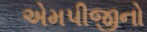
એમપીજીનો